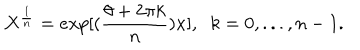
X ^ { \frac { 1 } { n } } = e x p [ ( \frac { \theta + 2 \pi k } { n } ) x ] , \; \; k = 0 , . . . , n - 1 .